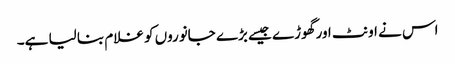
اس نے اونٹ اور گھوڑے جیسے بڑے جانوروں کو غلام بنا لیا ہے۔